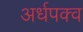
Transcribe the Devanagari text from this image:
अर्धपक्व